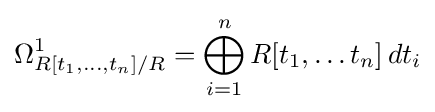
\Omega _{R[t_{1},\dots ,t_{n}]/R}^{1}=\bigoplus _{i=1}^{n}R[t_{1},\dots t_{n}]\,dt_{i}